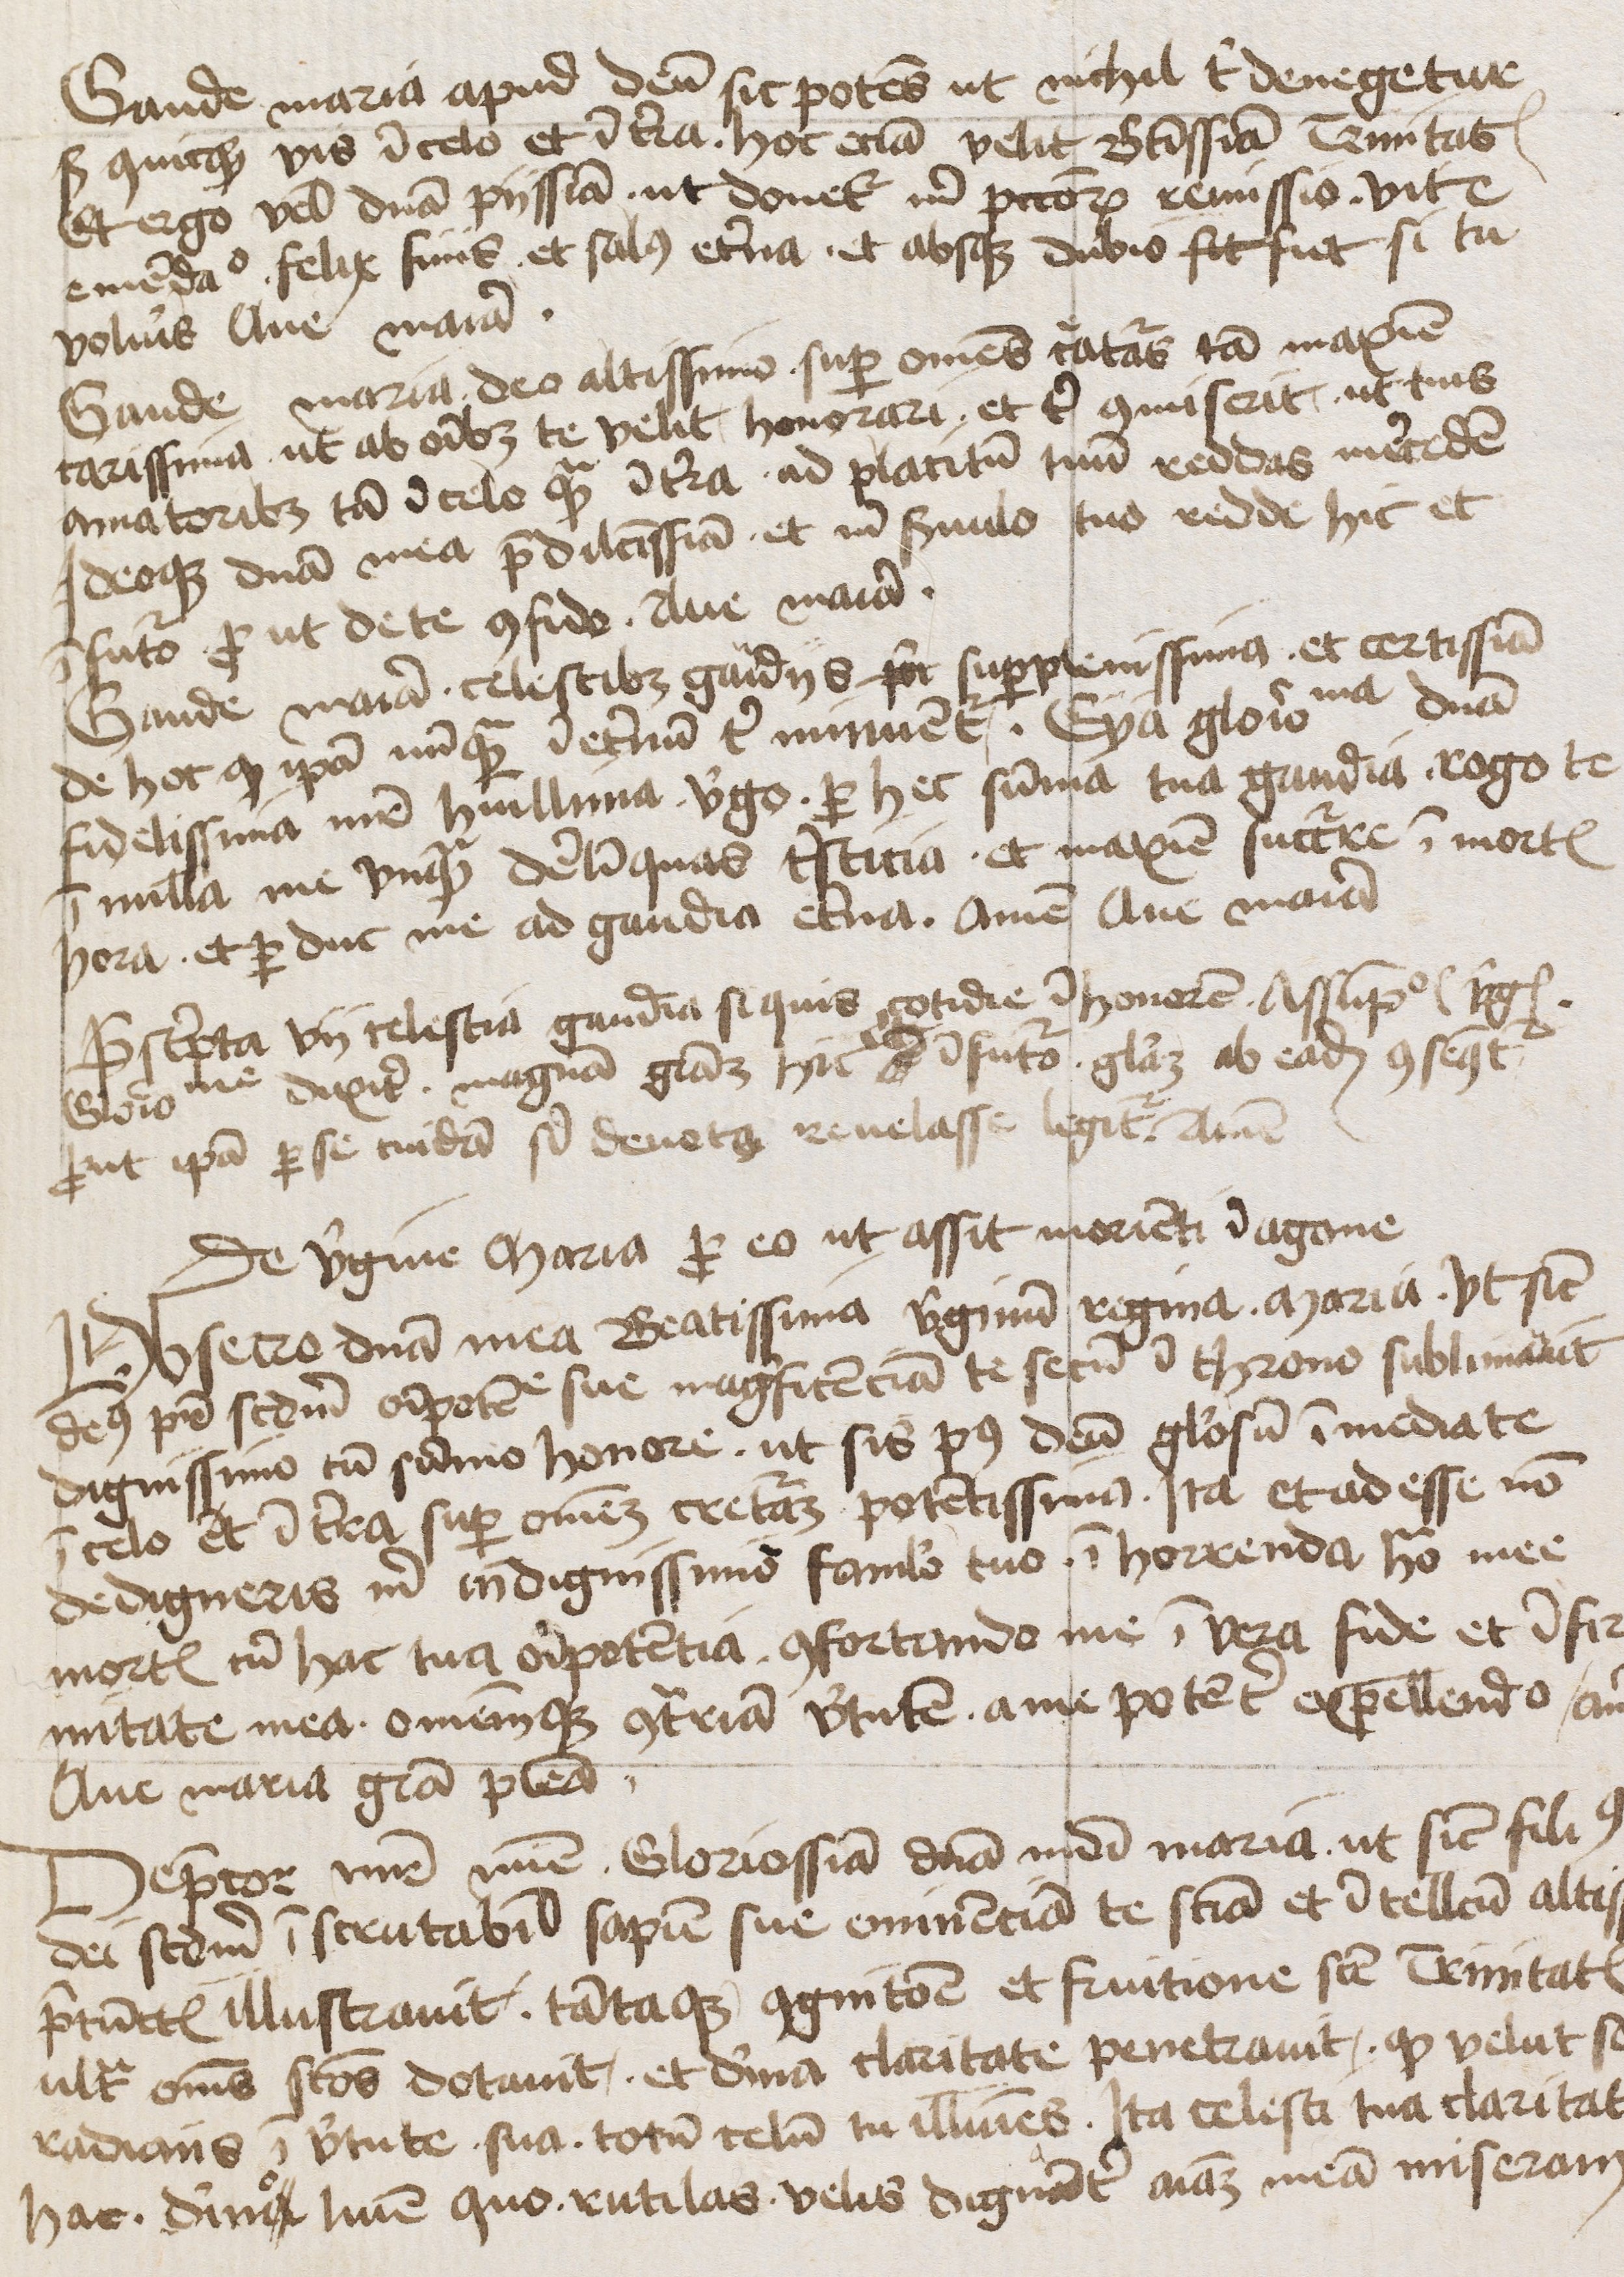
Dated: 1400–1449